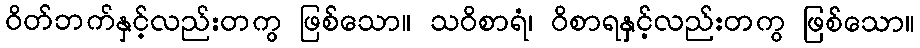
ဝိတ်ဘက်နှင့်လည်းတကွ ဖြစ်သော။ သဝိစာရံ၊ ဝိစာရနှင့်လည်းတကွ ဖြစ်သော။